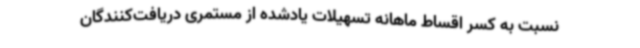
نسبت به کسر اقساط ماهانه تسهیلات یادشده از مستمری دریافت‌کنندگان